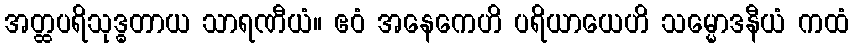
အတ္ထပရိသုဒ္ဓတာယ သာရဏီယံ။ ဧဝံ အနေကေဟိ ပရိယာယေဟိ သမ္မောဒနီယံ ကထံ